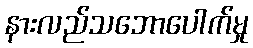
နားလည်သဘောပေါက်မှု